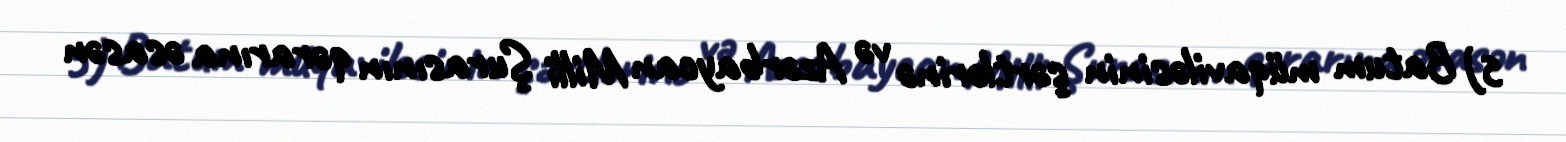
5) Batum müqaviləsinin şərtlərinə və Azərbaycan Milli Şurasının qərarına əsasən